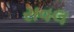
રાવલ